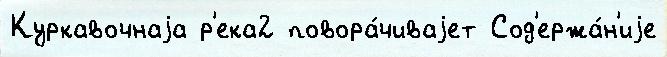
Куркавочнаjа р'ека2 повора́чиваjет Сод'ержа́н'иjе